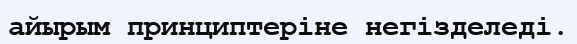
айырым принциптеріне негізделеді.